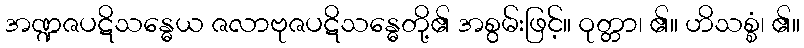
အဏ္ဍဇပဋိသန္ဓေယ ဇလာဗုဇပဋိသန္ဓေတို့၏ အစွမ်းဖြင့်။ ဝုတ္တာ၊ ၏။ ဟိသစ္စံ၊ ၏။